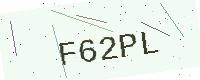
Text: F62PL